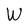
Character: W